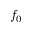
f _ { 0 }